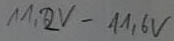
Text: 11,2V-11,6V